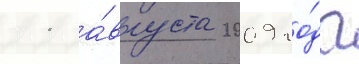
11 а́вгуста 2009 го́да